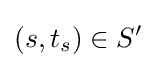
(s,t_{s})\in S'